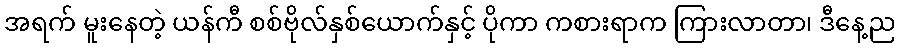
အရက် မူးနေတဲ့ ယန်ကီ စစ်ဗိုလ်နှစ်ယောက်နှင့် ပိုကာ ကစားရာက ကြားလာတာ၊ ဒီနေ့ည